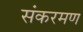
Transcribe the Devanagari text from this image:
संकरमण